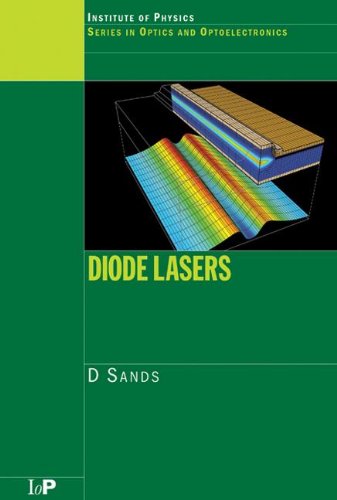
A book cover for Diode Lasers (Series in Optics and Optoelectronics); D. Sands; Science & Math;